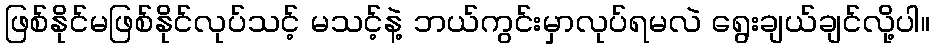
ဖြစ်နိုင်မဖြစ်နိုင်လုပ်သင့် မသင့်နဲ့ ဘယ်ကွင်းမှာလုပ်ရမလဲ ရွေးချယ်ချင်လို့ပါ။